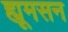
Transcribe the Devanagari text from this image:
ह्यूमसन